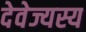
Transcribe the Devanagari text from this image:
देवेज्यस्य